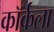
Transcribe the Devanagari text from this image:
कॉर्कला